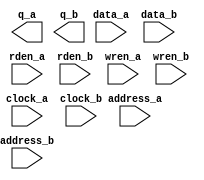
// megafunction wizard: %RAM: 2-PORT%VBB%
// GENERATION: STANDARD
// VERSION: WM1.0
// MODULE: altsyncram 

// ============================================================
// Megafunction Name(s):
// 			altsyncram
//
// Simulation Library Files(s):
// 			altera_mf
// ============================================================
// ************************************************************
// THIS IS A WIZARD-GENERATED FILE. DO NOT EDIT THIS FILE!
//
// 21.1.0 Build 842 10/21/2021 SJ Lite Edition
// ************************************************************

//Copyright (C) 2021  Intel Corporation. All rights reserved.
//Your use of Intel Corporation's design tools, logic functions 
//and other software and tools, and any partner logic 
//functions, and any output files from any of the foregoing 
//(including device programming or simulation files), and any 
//associated documentation or information are expressly subject 
//to the terms and conditions of the Intel Program License 
//Subscription Agreement, the Intel Quartus Prime License Agreement,
//the Intel FPGA IP License Agreement, or other applicable license
//agreement, including, without limitation, that your use is for
//the sole purpose of programming logic devices manufactured by
//Intel and sold by Intel or its authorized distributors.  Please
//refer to the applicable agreement for further details, at
//https://fpgasoftware.intel.com/eula.

module dpram_cart_save (
	address_a,
	address_b,
	clock_a,
	clock_b,
	data_a,
	data_b,
	rden_a,
	rden_b,
	wren_a,
	wren_b,
	q_a,
	q_b);

	input	[12:0]  address_a;
	input	[10:0]  address_b;
	input	  clock_a;
	input	  clock_b;
	input	[7:0]  data_a;
	input	[31:0]  data_b;
	input	  rden_a;
	input	  rden_b;
	input	  wren_a;
	input	  wren_b;
	output	[7:0]  q_a;
	output	[31:0]  q_b;
`ifndef ALTERA_RESERVED_QIS
// synopsys translate_off
`endif
	tri1	  clock_a;
	tri1	  rden_a;
	tri1	  rden_b;
	tri0	  wren_a;
	tri0	  wren_b;
`ifndef ALTERA_RESERVED_QIS
// synopsys translate_on
`endif

endmodule

// ============================================================
// CNX file retrieval info
// ============================================================
// Retrieval info: PRIVATE: ADDRESSSTALL_A NUMERIC "0"
// Retrieval info: PRIVATE: ADDRESSSTALL_B NUMERIC "0"
// Retrieval info: PRIVATE: BYTEENA_ACLR_A NUMERIC "0"
// Retrieval info: PRIVATE: BYTEENA_ACLR_B NUMERIC "0"
// Retrieval info: PRIVATE: BYTE_ENABLE_A NUMERIC "0"
// Retrieval info: PRIVATE: BYTE_ENABLE_B NUMERIC "0"
// Retrieval info: PRIVATE: BYTE_SIZE NUMERIC "8"
// Retrieval info: PRIVATE: BlankMemory NUMERIC "1"
// Retrieval info: PRIVATE: CLOCK_ENABLE_INPUT_A NUMERIC "0"
// Retrieval info: PRIVATE: CLOCK_ENABLE_INPUT_B NUMERIC "0"
// Retrieval info: PRIVATE: CLOCK_ENABLE_OUTPUT_A NUMERIC "0"
// Retrieval info: PRIVATE: CLOCK_ENABLE_OUTPUT_B NUMERIC "0"
// Retrieval info: PRIVATE: CLRdata NUMERIC "0"
// Retrieval info: PRIVATE: CLRq NUMERIC "0"
// Retrieval info: PRIVATE: CLRrdaddress NUMERIC "0"
// Retrieval info: PRIVATE: CLRrren NUMERIC "0"
// Retrieval info: PRIVATE: CLRwraddress NUMERIC "0"
// Retrieval info: PRIVATE: CLRwren NUMERIC "0"
// Retrieval info: PRIVATE: Clock NUMERIC "5"
// Retrieval info: PRIVATE: Clock_A NUMERIC "0"
// Retrieval info: PRIVATE: Clock_B NUMERIC "0"
// Retrieval info: PRIVATE: IMPLEMENT_IN_LES NUMERIC "0"
// Retrieval info: PRIVATE: INDATA_ACLR_B NUMERIC "0"
// Retrieval info: PRIVATE: INDATA_REG_B NUMERIC "1"
// Retrieval info: PRIVATE: INIT_FILE_LAYOUT STRING "PORT_A"
// Retrieval info: PRIVATE: INIT_TO_SIM_X NUMERIC "1"
// Retrieval info: PRIVATE: INTENDED_DEVICE_FAMILY STRING "Cyclone V"
// Retrieval info: PRIVATE: JTAG_ENABLED NUMERIC "0"
// Retrieval info: PRIVATE: JTAG_ID STRING "NONE"
// Retrieval info: PRIVATE: MAXIMUM_DEPTH NUMERIC "0"
// Retrieval info: PRIVATE: MEMSIZE NUMERIC "65536"
// Retrieval info: PRIVATE: MEM_IN_BITS NUMERIC "0"
// Retrieval info: PRIVATE: MIFfilename STRING ""
// Retrieval info: PRIVATE: OPERATION_MODE NUMERIC "3"
// Retrieval info: PRIVATE: OUTDATA_ACLR_B NUMERIC "0"
// Retrieval info: PRIVATE: OUTDATA_REG_B NUMERIC "1"
// Retrieval info: PRIVATE: RAM_BLOCK_TYPE NUMERIC "0"
// Retrieval info: PRIVATE: READ_DURING_WRITE_MODE_MIXED_PORTS NUMERIC "2"
// Retrieval info: PRIVATE: READ_DURING_WRITE_MODE_PORT_A NUMERIC "3"
// Retrieval info: PRIVATE: READ_DURING_WRITE_MODE_PORT_B NUMERIC "3"
// Retrieval info: PRIVATE: REGdata NUMERIC "1"
// Retrieval info: PRIVATE: REGq NUMERIC "1"
// Retrieval info: PRIVATE: REGrdaddress NUMERIC "0"
// Retrieval info: PRIVATE: REGrren NUMERIC "1"
// Retrieval info: PRIVATE: REGwraddress NUMERIC "1"
// Retrieval info: PRIVATE: REGwren NUMERIC "1"
// Retrieval info: PRIVATE: SYNTH_WRAPPER_GEN_POSTFIX STRING "1"
// Retrieval info: PRIVATE: USE_DIFF_CLKEN NUMERIC "0"
// Retrieval info: PRIVATE: UseDPRAM NUMERIC "1"
// Retrieval info: PRIVATE: VarWidth NUMERIC "1"
// Retrieval info: PRIVATE: WIDTH_READ_A NUMERIC "8"
// Retrieval info: PRIVATE: WIDTH_READ_B NUMERIC "32"
// Retrieval info: PRIVATE: WIDTH_WRITE_A NUMERIC "8"
// Retrieval info: PRIVATE: WIDTH_WRITE_B NUMERIC "32"
// Retrieval info: PRIVATE: WRADDR_ACLR_B NUMERIC "0"
// Retrieval info: PRIVATE: WRADDR_REG_B NUMERIC "1"
// Retrieval info: PRIVATE: WRCTRL_ACLR_B NUMERIC "0"
// Retrieval info: PRIVATE: enable NUMERIC "0"
// Retrieval info: PRIVATE: rden NUMERIC "1"
// Retrieval info: LIBRARY: altera_mf altera_mf.altera_mf_components.all
// Retrieval info: CONSTANT: ADDRESS_REG_B STRING "CLOCK1"
// Retrieval info: CONSTANT: CLOCK_ENABLE_INPUT_A STRING "BYPASS"
// Retrieval info: CONSTANT: CLOCK_ENABLE_INPUT_B STRING "BYPASS"
// Retrieval info: CONSTANT: CLOCK_ENABLE_OUTPUT_A STRING "BYPASS"
// Retrieval info: CONSTANT: CLOCK_ENABLE_OUTPUT_B STRING "BYPASS"
// Retrieval info: CONSTANT: INDATA_REG_B STRING "CLOCK1"
// Retrieval info: CONSTANT: INTENDED_DEVICE_FAMILY STRING "Cyclone V"
// Retrieval info: CONSTANT: LPM_TYPE STRING "altsyncram"
// Retrieval info: CONSTANT: NUMWORDS_A NUMERIC "8192"
// Retrieval info: CONSTANT: NUMWORDS_B NUMERIC "2048"
// Retrieval info: CONSTANT: OPERATION_MODE STRING "BIDIR_DUAL_PORT"
// Retrieval info: CONSTANT: OUTDATA_ACLR_A STRING "NONE"
// Retrieval info: CONSTANT: OUTDATA_ACLR_B STRING "NONE"
// Retrieval info: CONSTANT: OUTDATA_REG_A STRING "CLOCK0"
// Retrieval info: CONSTANT: OUTDATA_REG_B STRING "CLOCK1"
// Retrieval info: CONSTANT: POWER_UP_UNINITIALIZED STRING "TRUE"
// Retrieval info: CONSTANT: READ_DURING_WRITE_MODE_PORT_A STRING "NEW_DATA_NO_NBE_READ"
// Retrieval info: CONSTANT: READ_DURING_WRITE_MODE_PORT_B STRING "NEW_DATA_NO_NBE_READ"
// Retrieval info: CONSTANT: WIDTHAD_A NUMERIC "13"
// Retrieval info: CONSTANT: WIDTHAD_B NUMERIC "11"
// Retrieval info: CONSTANT: WIDTH_A NUMERIC "8"
// Retrieval info: CONSTANT: WIDTH_B NUMERIC "32"
// Retrieval info: CONSTANT: WIDTH_BYTEENA_A NUMERIC "1"
// Retrieval info: CONSTANT: WIDTH_BYTEENA_B NUMERIC "1"
// Retrieval info: CONSTANT: WRCONTROL_WRADDRESS_REG_B STRING "CLOCK1"
// Retrieval info: USED_PORT: address_a 0 0 13 0 INPUT NODEFVAL "address_a[12..0]"
// Retrieval info: USED_PORT: address_b 0 0 11 0 INPUT NODEFVAL "address_b[10..0]"
// Retrieval info: USED_PORT: clock_a 0 0 0 0 INPUT VCC "clock_a"
// Retrieval info: USED_PORT: clock_b 0 0 0 0 INPUT NODEFVAL "clock_b"
// Retrieval info: USED_PORT: data_a 0 0 8 0 INPUT NODEFVAL "data_a[7..0]"
// Retrieval info: USED_PORT: data_b 0 0 32 0 INPUT NODEFVAL "data_b[31..0]"
// Retrieval info: USED_PORT: q_a 0 0 8 0 OUTPUT NODEFVAL "q_a[7..0]"
// Retrieval info: USED_PORT: q_b 0 0 32 0 OUTPUT NODEFVAL "q_b[31..0]"
// Retrieval info: USED_PORT: rden_a 0 0 0 0 INPUT VCC "rden_a"
// Retrieval info: USED_PORT: rden_b 0 0 0 0 INPUT VCC "rden_b"
// Retrieval info: USED_PORT: wren_a 0 0 0 0 INPUT GND "wren_a"
// Retrieval info: USED_PORT: wren_b 0 0 0 0 INPUT GND "wren_b"
// Retrieval info: CONNECT: @address_a 0 0 13 0 address_a 0 0 13 0
// Retrieval info: CONNECT: @address_b 0 0 11 0 address_b 0 0 11 0
// Retrieval info: CONNECT: @clock0 0 0 0 0 clock_a 0 0 0 0
// Retrieval info: CONNECT: @clock1 0 0 0 0 clock_b 0 0 0 0
// Retrieval info: CONNECT: @data_a 0 0 8 0 data_a 0 0 8 0
// Retrieval info: CONNECT: @data_b 0 0 32 0 data_b 0 0 32 0
// Retrieval info: CONNECT: @rden_a 0 0 0 0 rden_a 0 0 0 0
// Retrieval info: CONNECT: @rden_b 0 0 0 0 rden_b 0 0 0 0
// Retrieval info: CONNECT: @wren_a 0 0 0 0 wren_a 0 0 0 0
// Retrieval info: CONNECT: @wren_b 0 0 0 0 wren_b 0 0 0 0
// Retrieval info: CONNECT: q_a 0 0 8 0 @q_a 0 0 8 0
// Retrieval info: CONNECT: q_b 0 0 32 0 @q_b 0 0 32 0
// Retrieval info: GEN_FILE: TYPE_NORMAL dpram_cart_save.v TRUE
// Retrieval info: GEN_FILE: TYPE_NORMAL dpram_cart_save.inc FALSE
// Retrieval info: GEN_FILE: TYPE_NORMAL dpram_cart_save.cmp FALSE
// Retrieval info: GEN_FILE: TYPE_NORMAL dpram_cart_save.bsf TRUE
// Retrieval info: GEN_FILE: TYPE_NORMAL dpram_cart_save_inst.v TRUE
// Retrieval info: GEN_FILE: TYPE_NORMAL dpram_cart_save_bb.v TRUE
// Retrieval info: GEN_FILE: TYPE_NORMAL dpram_cart_save_syn.v TRUE
// Retrieval info: LIB_FILE: altera_mf